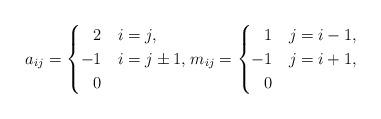
LaTeX: \begin{gather*}a_{ij} =\begin{cases}\hphantom{-}2 & i=j, \\-1 & i=j \pm 1, \\\hphantom{-}0 &\end{cases}m_{ij} =\begin{cases}\hphantom{-}1 & j=i-1, \\-1 & j=i+1, \\\hphantom{-}0 &\end{cases}\end{gather*}